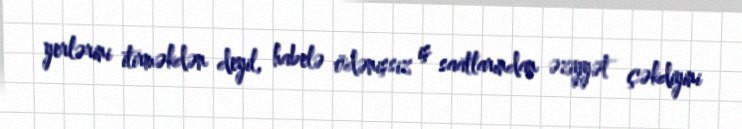
yerlərini itirməkdən deyil, habelə ödənişsiz iş saatlarından əziyyət çəkdiyini